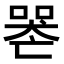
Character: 𠸶